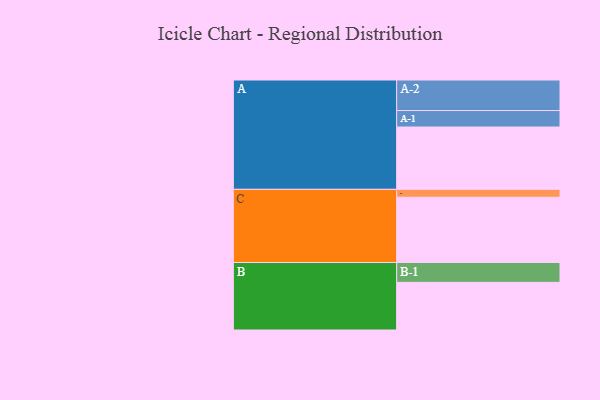
{"axis": {"x": "Segment", "y": "Value"}, "legend": ["", "A", "B", "C"], "data": [{"x": "A", "y": 496, "type": ""}, {"x": "B", "y": 379, "type": ""}, {"x": "C", "y": 519, "type": ""}, {"x": "A-1", "y": 131, "type": "A"}, {"x": "A-2", "y": 243, "type": "A"}, {"x": "B-1", "y": 158, "type": "B"}, {"x": "C-1", "y": 63, "type": "C"}]}